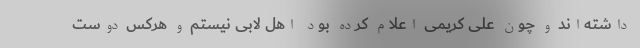
داشته‌اند و چون علی کریمی اعلام کرده بود اهل لابی نیستم و هرکس دوست